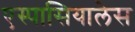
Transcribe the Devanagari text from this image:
एस्पासियालेस